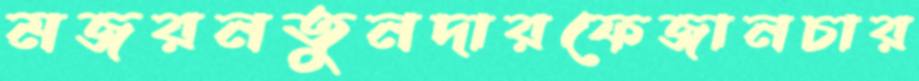
মজরনতুনদারফেজানচার